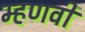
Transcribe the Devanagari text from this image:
म्हणवी